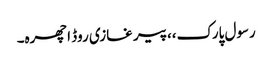
رسول پارک،،پیر غازی روڈ اچھرہ۔